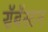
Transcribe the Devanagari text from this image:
सॅबॅस्टन